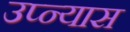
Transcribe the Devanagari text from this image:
उप्न्यास